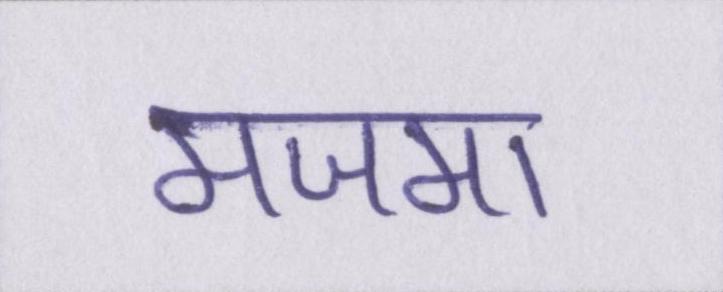
मजमा